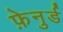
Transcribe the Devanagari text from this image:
फ़ेनुर्ड